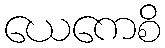
ယေကေစိ